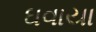
ઘવાયા